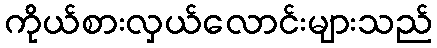
ကိုယ်စားလှယ်လောင်းများသည်